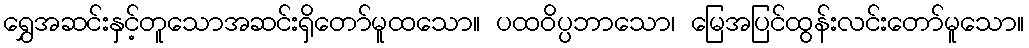
ရွှေအဆင်းနှင့်တူသောအဆင်းရှိတော်မူထသော။ ပထဝိပ္ပဘာသော၊ မြေအပြင်ထွန်းလင်းတော်မူသော။